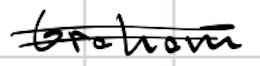
Text: Graham
Cross-out: mix
Writing tool: digital_black